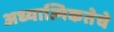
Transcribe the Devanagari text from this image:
अध्यात्मिकतेचे